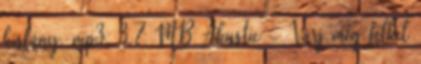
kislány. mp3, 3.7 MB Akustic - Várj még felkel